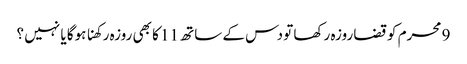
9 محرم کو قضا روزہ رکھا تو دس کے ساتھ 11 کا بھی روزہ رکھنا ہوگا یا نہیں ؟